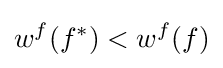
w^{f}(f^{*})<w^{f}(f)